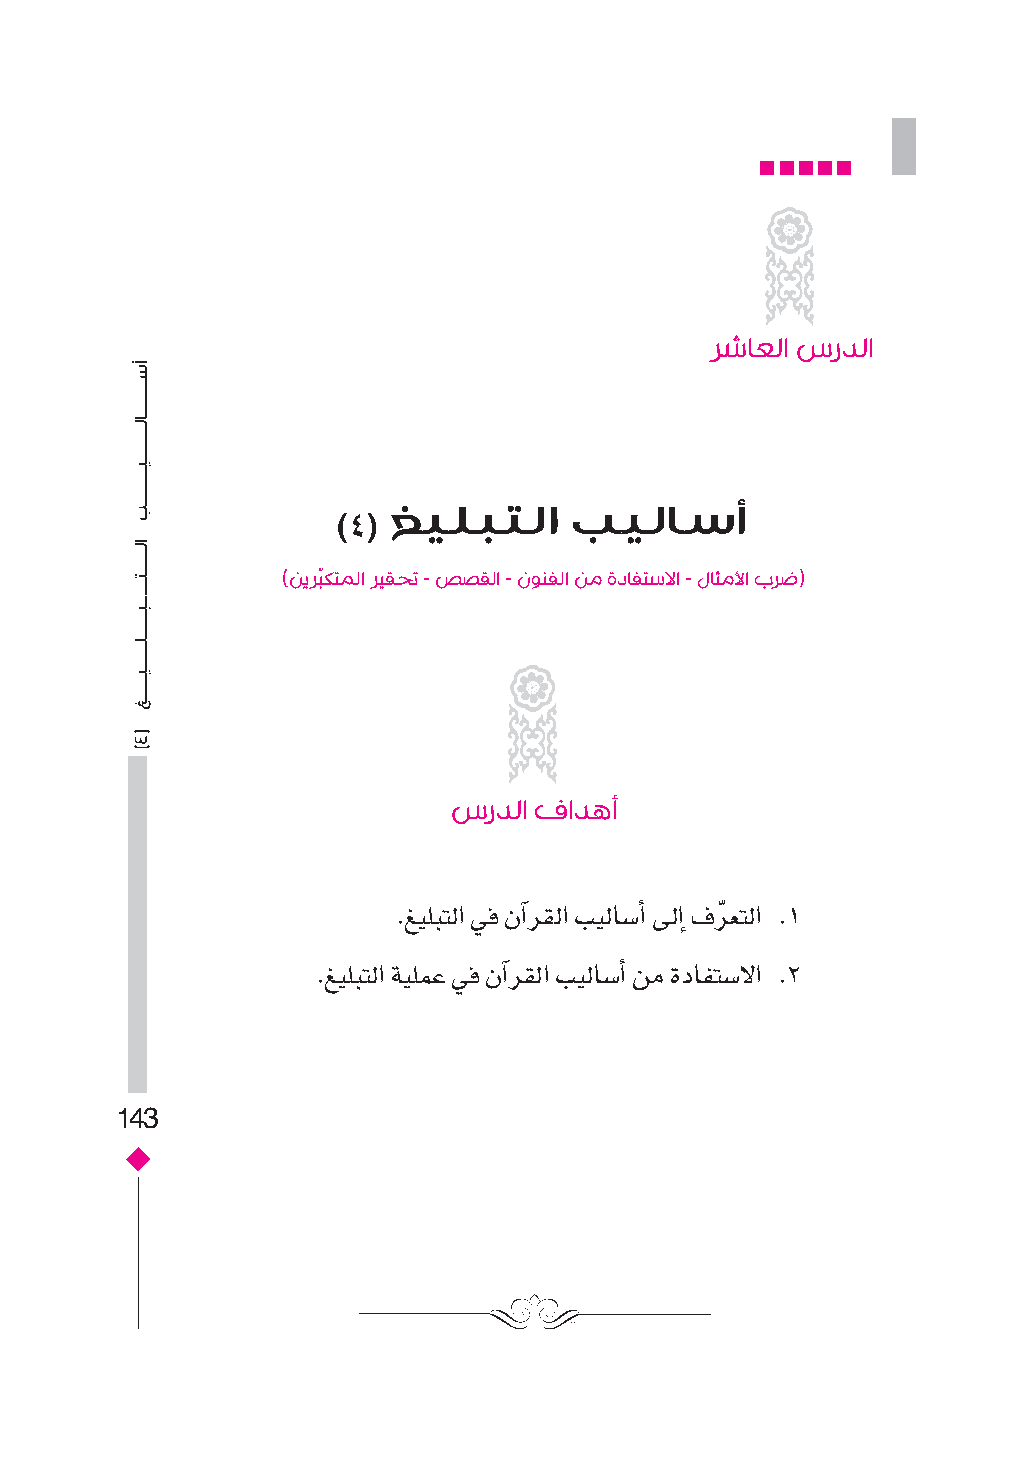
رشاعلا سردلا
 غيلبتلا     بيلاسأ
 )4(
 )نيربّكتملا ريقحت - صصقلا - نونفلا نم ةدافتسلاا - لاثملأا برض(
 سردلا فادهأ
 .غيلبتل� يف نآ�رقل� بيلاس�أ� ىلإ� فرّ عتل� .1
 .غيلبتل� ةيلمع يف نآ�رقل� بيلاس�أ� نم ةدافتس�ل� .2
 143
 �����������������������������������������ب
 ����������������������������������������������������
 (أ)